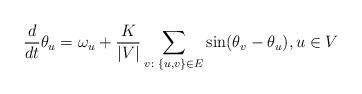
LaTeX: \begin{align*}\frac{d}{dt}\theta_u=\omega_u+\frac{K}{|V|}\sum_{v\colon \{u,v\}\in E}\sin(\theta_v-\theta_u), u\in V\end{align*}